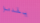
يقدموا